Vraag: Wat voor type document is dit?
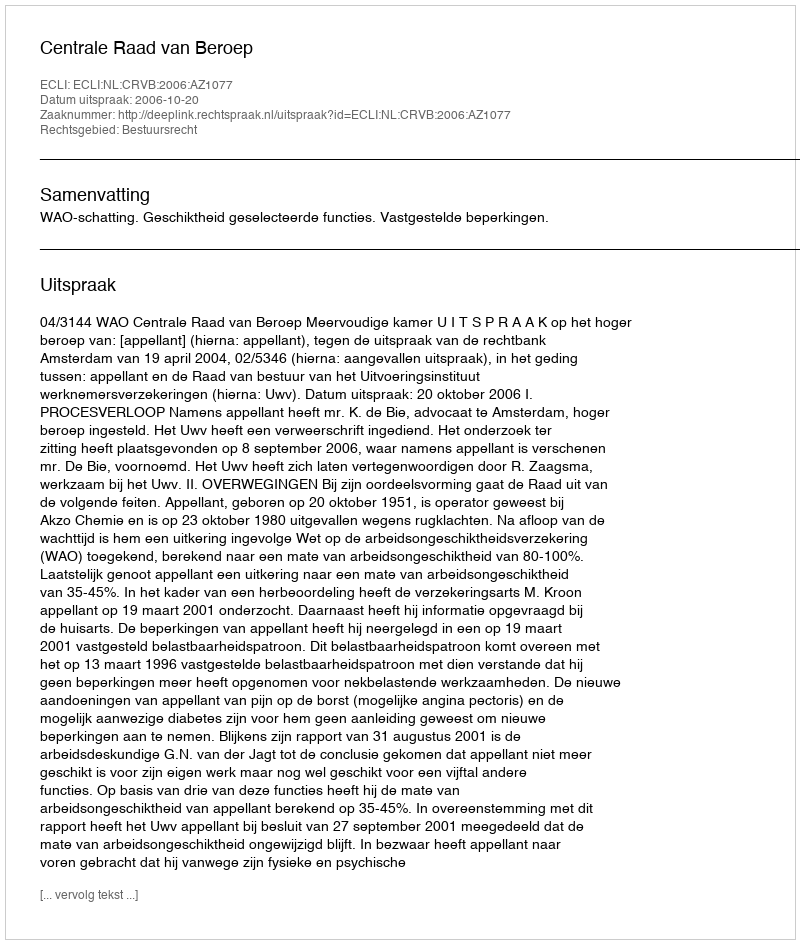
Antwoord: Uitspraak